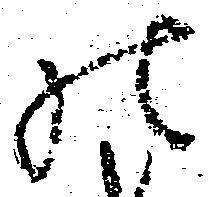
の